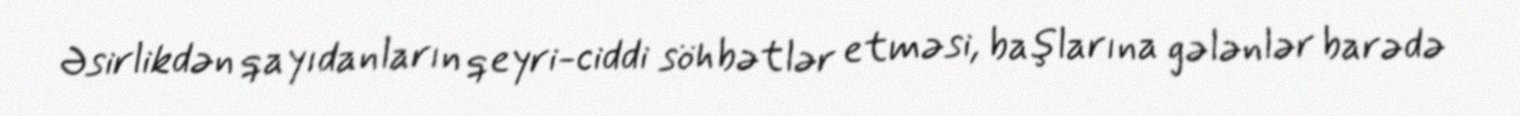
Əsirlikdən qayıdanların qeyri-ciddi söhbətlər etməsi, başlarına gələnlər barədə